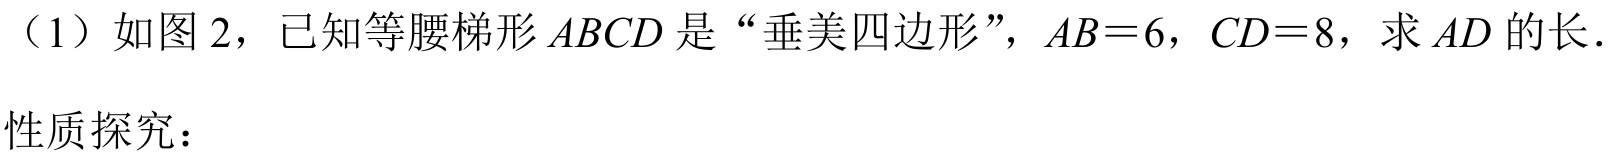
（1）如图 2，已知等腰梯形 \(ABCD\) 是“垂美四边形”，\(AB = 6\)，\(CD = 8\)，求 \(AD\) 的长．

性质探究：